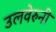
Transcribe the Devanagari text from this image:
उलवेरुनी